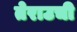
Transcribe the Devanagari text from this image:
तेराउची